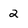
Character: 2